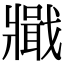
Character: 𤖞